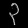
Digit: ၃